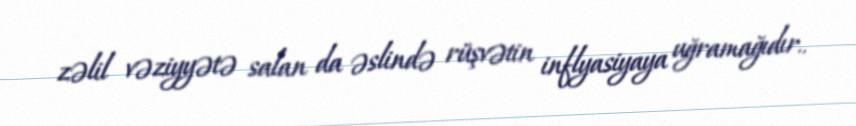
zəlil vəziyyətə salan da əslində rüşvətin inflyasiyaya uğramağıdır..